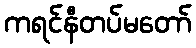
ကရင်နီတပ်မတော်